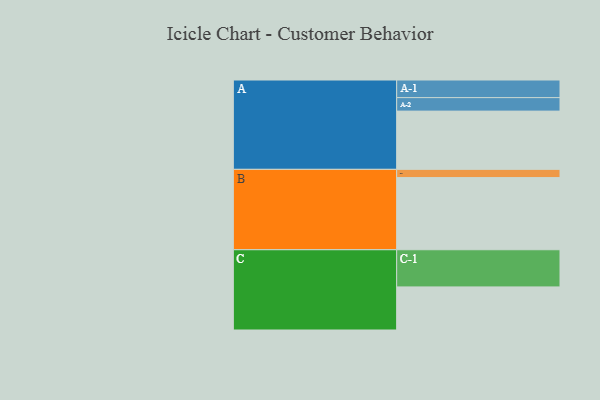
{"axis": {"x": "Segment", "y": "Value"}, "legend": ["", "A", "B", "C"], "data": [{"x": "A", "y": 423, "type": ""}, {"x": "B", "y": 524, "type": ""}, {"x": "C", "y": 313, "type": ""}, {"x": "A-1", "y": 128, "type": "A"}, {"x": "A-2", "y": 98, "type": "A"}, {"x": "B-1", "y": 60, "type": "B"}, {"x": "C-1", "y": 270, "type": "C"}]}